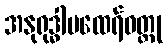
အနုရုဒ္ဓါမထေရ်ဝတ္ထု